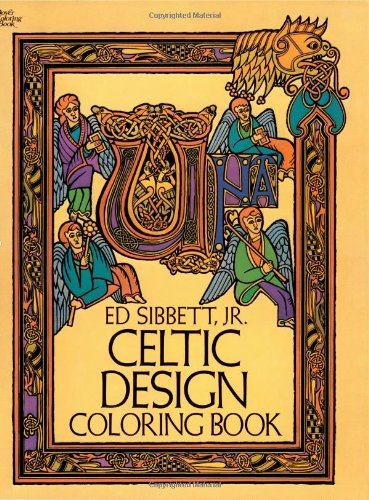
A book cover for Celtic Design Coloring Book (Dover Design Coloring Books); Ed Sibbett Jr.; Children's Books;